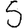
Digit: 5